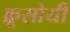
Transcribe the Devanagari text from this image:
क्रूसोयी